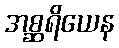
အစ္ဆရိယေန